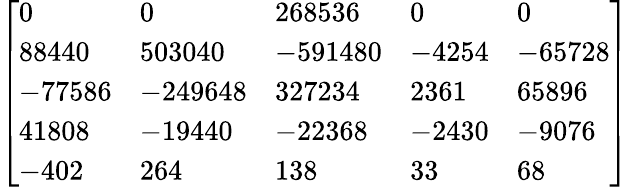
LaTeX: \left[\begin{array}{lllll}{0}&{0}&{268536}&{0}&{0}\\ {88440}&{503040}&{-591480}&{-4254}&{-65728}\\ {-77586}&{-249648}&{327234}&{2361}&{65896}\\ {41808}&{-19440}&{-22368}&{-2430}&{-9076}\\ {-402}&{264}&{138}&{33}&{68}\end{array}\right]